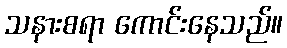
သနားစရာ ကောင်းနေသည်။